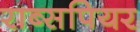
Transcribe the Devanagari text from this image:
राब्सपियर